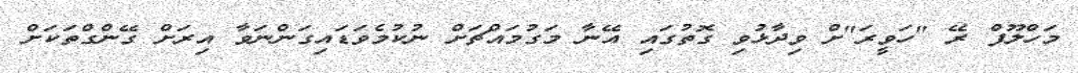
މަހްލޫފް ރޭ "ހަވީރަ"ށް ވިދާޅުވި ގޮތުގައި އޭނާ މަގުމައްޗަށް ނުކުމެވަޑައިގަންނަވާ އިރަށް ގޭންގްތަކަށް